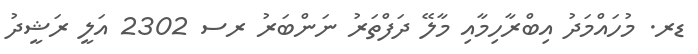
ޑރ. މުހައްމަދު އިބްރާހިމާއި މާލޭ ދަފްތަރު ނަންބަރު ރސ 2302 އަލީ ރަޝީދު